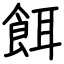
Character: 餌